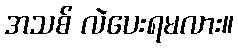
အသစ် လဲပေးရမလား။